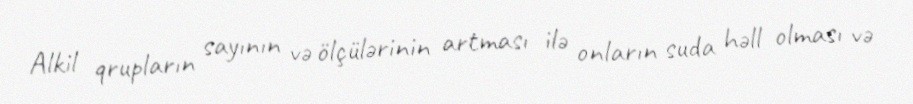
Alkil qrupların sayının və ölçülərinin artması ilə onların suda həll olması və